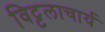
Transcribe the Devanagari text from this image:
विट्टलाचार्य